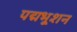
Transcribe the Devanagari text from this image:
पद्मभूशन